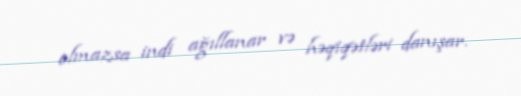
olmazsa indi ağıllanar və həqiqətləri danışar.